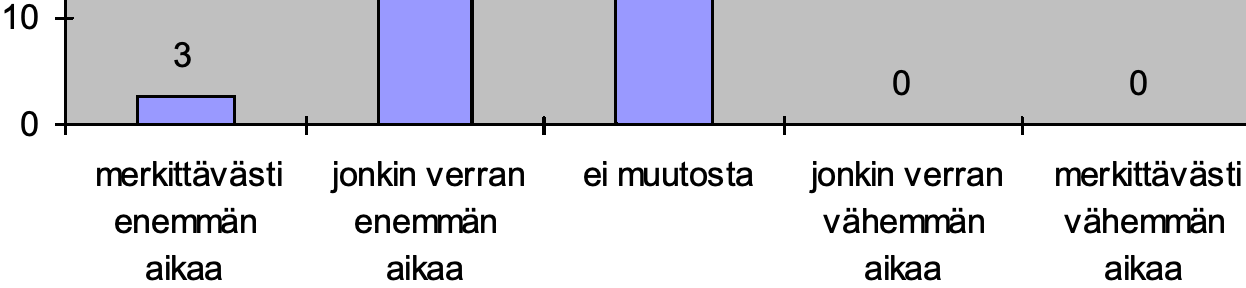
10 3 0       0 0 merkittävästi jonkin verran ei muutosta jonkin verran merkittävästi enemmän enemmän         vähemmän vähemmän aikaa   aikaa           aikaa   aikaa